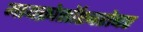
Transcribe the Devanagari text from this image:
मायक्रोसॉप्टबरोबर